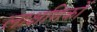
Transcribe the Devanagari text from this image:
लाक्षणिकों